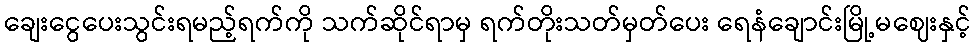
ချေးငွေပေးသွင်းရမည့်ရက်ကို သက်ဆိုင်ရာမှ ရက်တိုးသတ်မှတ်ပေး ရေနံချောင်းမြို့မဈေးနှင့်